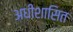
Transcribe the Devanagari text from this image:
अधीशासित